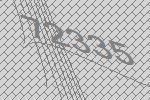
72335